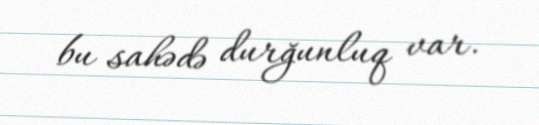
bu sahədə durğunluq var.